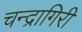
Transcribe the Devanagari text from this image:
चन्द्रागिरी